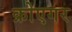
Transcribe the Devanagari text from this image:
क्रोएगर